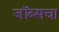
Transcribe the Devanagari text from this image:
जॉब्सचा